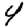
Digit: 4